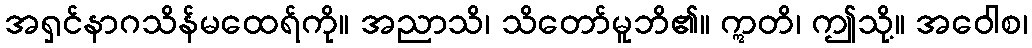
အရှင်နာဂသိန်မထေရ်ကို။ အညာသိ၊ သိတော်မူဘိ၏။ ဣတိ၊ ဤသို့။ အဝေါစ၊